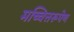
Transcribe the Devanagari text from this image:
मच्चित्तरूपेण